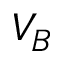
V _ { B }